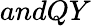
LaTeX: andQY